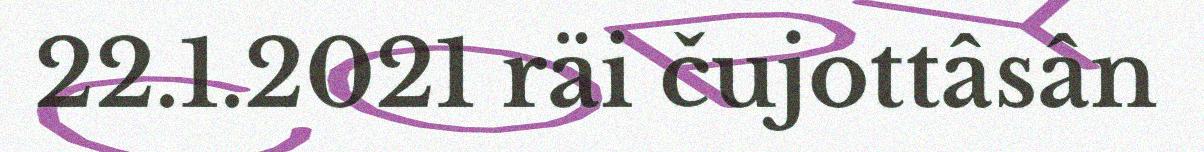
22.1.2021 räi čujottâsân